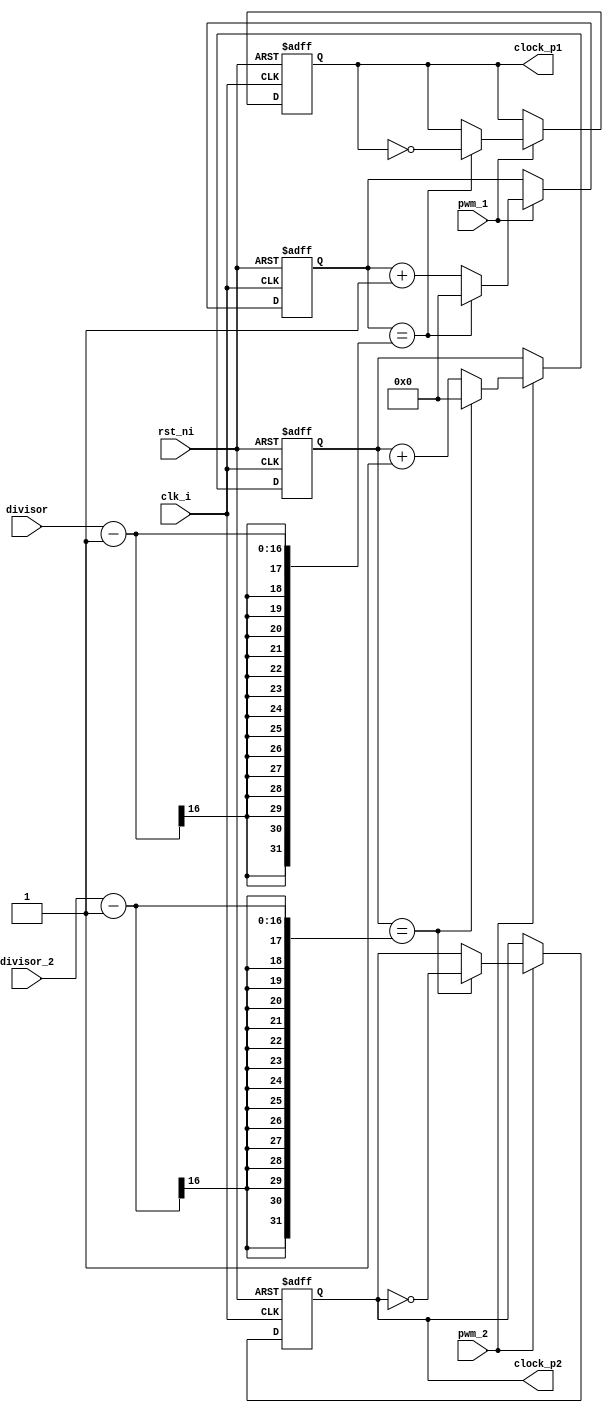

module pwm_clock(
input wire clk_i,
input wire rst_ni,
input wire pwm_1,
input wire pwm_2,
input wire [15:0] divisor,
input wire [15:0] divisor_2,
output reg clock_p1,
output reg clock_p2
);
 reg [15:0] counter_p1;
 reg [15:0] counter_p2;
	always @(posedge clk_i or negedge rst_ni)
		if (~rst_ni) begin
			clock_p1 <= 1'b0;
			clock_p2 <= 1'b0;
			counter_p1 <= 16'b0000000000000000;
			counter_p2 <= 16'b0000000000000000;
		end
		else begin
			if (pwm_1) begin
				counter_p1 <= counter_p1 + 16'b0000000000000001;
				if (counter_p1 == (divisor - 1)) begin
					counter_p1 <= 16'b0000000000000000;
					clock_p1 <= ~clock_p1;
				end
			end
			if (pwm_2) begin
				counter_p2 <= counter_p2 + 16'b0000000000000001;
				if (counter_p2 == (divisor_2 - 1)) begin
					counter_p2 <= 16'b0000000000000000;
					clock_p2 <= ~clock_p2;
				end
			end
		end
endmodule